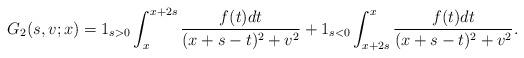
LaTeX: \begin{align*}G_2(s,v;x)=1_{s>0}\int_{x}^{x+2s}\frac{f(t)dt}{(x+s-t)^2+v^2}+1_{s<0}\int_{x+2s}^{x}\frac{f(t)dt}{(x+s-t)^2+v^2}.\end{align*}